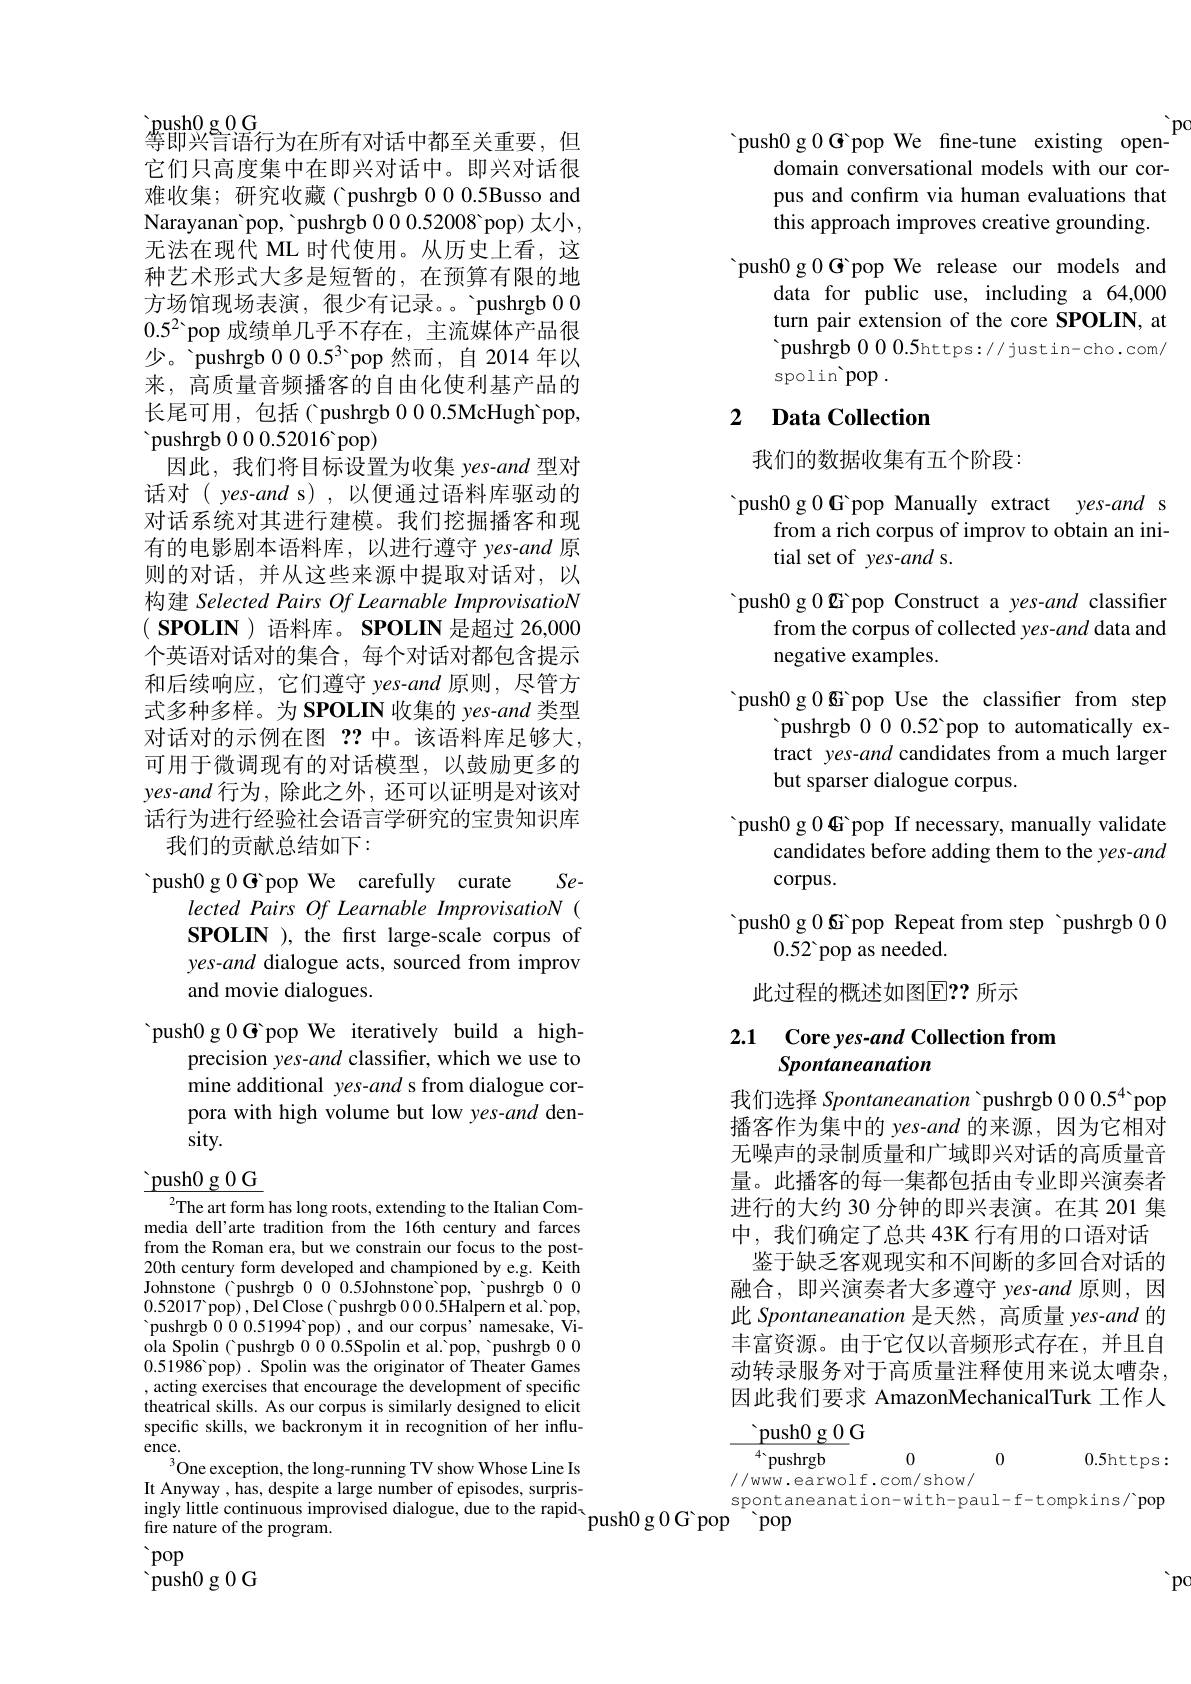
$\mathop{\text{push}0}\underline{\mathrm{g}}\underline{0}\underline{\mathrm{G}}$
等即兴言语行为在所有对话中都至关重要，但它们只高度集中在即兴对话中。即兴对话很难收集；研究收藏( pushrgb 00.5Busso and Narayanan'pop, 'pushrgb 000.52008 pop) 太小， 无法在现代 ML 时代使用。从历史上看，这种艺术形式大多是短暂的，在预算有限的地方场馆现场表演，很少有记录。。'pushrgb 00 $0.5^2$ pop 成绩单几乎不存在，主流媒体产品很少。'pushrgb $000.5^3$ pop 然而，自 2014 年以来，高质量音频播客的自由化使利基产品的长尾可用，包括(pushrgb 00.5McHugh'pop, ${\mathrm{~pushrgb~0~0~0.52016~pop}})$
因此，我们将目标设置为收集 yes-and 型对话对( yes-and s) , 以便通过语料库驱动的对话系统对其进行建模。我们挖掘播客和现有的电影剧本语料库，以进行遵守 yes-and 原则的对话，并从这些来源中提取对话对，以构建 Selected Pairs Of Learnable ImprovisatioN $( \textbf{ SPOLIN })$语料库。SPOLIN 是超过 26,000个英语对话对的集合，每个对话对都包含提示和后续响应，它们遵守 yes-and 原则，尽管方式多种多样。为 SPOLIN 收集的 yes-and 类型对话对的示例在图？?中。该语料库足够大， 可用于微调现有的对话模型，以鼓励更多的yes-and 行为，除此之外，还可以证明是对该对话行为进行经验社会语言学研究的宝贵知识库
我们的贡献总结如下：
$Se-$
'push0 g 0 G pop We carefully curate

lected Pairs Of Learnable ImprovisatioN (

SPOLN ), the first large-scale corpus of

yes-and dialogue acts, sourced from improv

and movie dialogues.

push0 g 0 G pop We iteratively build a high-

precision yes-and classifier, which we use to

mine additional yes-and s from dialogue cor-

pora with high volume but low yes-and den-

sity.

$\underline{\text{push}0\:\text{g }0\:\text{G}}$

$^{2}$The art form has long roots, extending to the Italian Commedia dell'arte tradition from the 16th century and farces from the Roman era, but we constrain our focus to the post- 20th century form developed and championed by e.g. Keith Johnstone ('pushrgb 000.5Johnstone'pop,'pushrgb000.52017pop), Del Close( pushrgb 000.5Halpern et al. pop, pushrgb 000.51994 pop) , and our corpus' namesake, Viola Spolin C pushrgb 000.5Spolin et al.'pop, 'pushrgb 000.51986 pop) . Spolin was the originator of Theater Games , acting exercises that encourage the development of specific theatrical skills. As our corpus is similarly designed to elicit specific skills, we backronym it in recognition of her influence.
$^3$One exception, the long-running TV show Whose Line Is It Anyway , has, despite a large number of episodes, surpris- $\begin{array}{l}\text{ingly little continuous improvised dialogue, due to the rapid-}\\\text{fire nature of the program.}\end{array}$push0 g 0 G pop$\overset{\text{spontla}}{\operatorname*{\operatorname*{\operatorname*{\operatorname*{pop}}}}}$

 pop
$\ddot{\text{push}}0$g 0 G

$\grave{\text{pc}}$
'push0 g 0 G pop We fine-tune existing open-
domain conversational models with our corpus and confirm via human evaluations that this approach improves creative grounding.
'push0 g 0 G pop We release our models and
data for public use, including a 64,000 turn pair extension of the core SPOLIN, at 'pushrgb 000.5https://justin-cho.com/ spolin pop .

## 2 Data Collection

我们的数据收集有五个阶段：

'push0 g 0 G pop Manually extract yes-and s
from a rich corpus of improv to obtain an ini-
tial set of yes-and s.
'push0 g 0 G pop Construct a yes-and classifier
from the corpus of collected yes-and data and
negative examples.
'push0 g 0 G pop Use the classifier from step
pushrgb 0 0 0.52 pop to automatically extract yes-and candidates from a much larger but sparser dialogue corpus.
'push0 g 0 G pop If necessary, manually validate
candidates before adding them to the yes-and
$corpus.$
'push0 g 0 G pop Repeat from step 'pushrgb 00
0.52 pop as needed.

此过程的概述如图$\mathbb{E}??$ 所示

# 2.1 Core yes-and Collection from Spontaneanation

我们选择 Spontaneanation 'pushrgb 0 0 0.5$^{4}$ pop 播客作为集中的 yes-and 的来源，因为它相对无噪声的录制质量和广域即兴对话的高质量音量。此播客的每一集都包括由专业即兴演奏者进行的大约 30 分钟的即兴表演。在其 201 集中，我们确定了总共 43K 行有用的口语对话
鉴于缺乏客观现实和不间断的多回合对话的融合，即兴演奏者大多遵守 yes-and 原则，因此 Spontaneanation 是天然，高质量 yes-and 的丰富资源。由于它仅以音频形式存在，并且自动转录服务对于高质量注释使用来说太嘈杂， 因此我们要求 AmazonMechanicalTurk 工作人
$$\begin{array}{ccc}\hline\text{push0 g 0}&\\\hline\text{4 pushrgb}&0&0.5\text{https}:\\\text{//www.earwolf.com/show/}\\\text{spontaneanation-with-paul-f-tompkins/'pop}\end{array}$$
$\searrow$pc